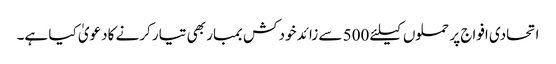
اتحادی افواج پر حملوں کیلئے 500 سے زائد خود کش بمبار بھی تیار کرنے کادعویٰ کیا ہے۔